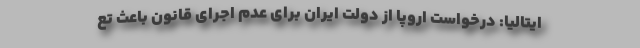
ایتالیا: درخواست اروپا از دولت ایران برای عدم اجرای قانون باعث تع